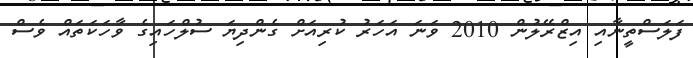
ފަލަސްތީނާއި އިޒްރޭލުން 2010 ވަނަ އަހަރު ކުރިއަށް ގެންދިޔަ ސުލްހައިގެ ވާހަކަތައް ވެސް